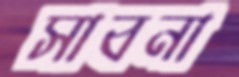
সাবনা